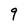
Character: 9